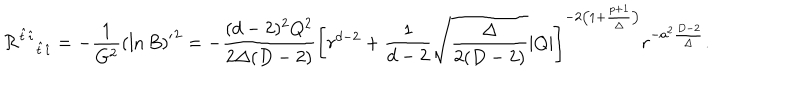
LaTeX: { { \cal R } ^ { \hat { t } \hat { \imath } } } _ { \hat { t } \hat { \imath } } = - { \frac { 1 } { G ^ { 2 } } } { ( \ln B ) ^ { \prime } } ^ { 2 } = - { \frac { ( d - 2 ) ^ { 2 } Q ^ { 2 } } { 2 \Delta ( D - 2 ) } } \left[ r ^ { d - 2 } + { \frac { 1 } { d - 2 } } \sqrt { \frac { \Delta } { 2 ( D - 2 ) } } | Q | \right] ^ { - 2 \left( 1 + { \frac { p + 1 } { \Delta } } \right) } r ^ { - a ^ { 2 } { \frac { D - 2 } { \Delta } } } .